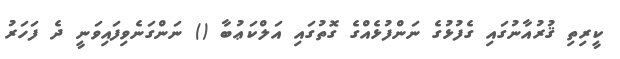
ކީރިތި ޤުރުއާނުގައި ގެފުޅުގެ ނަންފުޅެއްގެ ގޮތުގައި އަލްކަޢުބާ () ނަންގަނެވިފައިވަނީ ދެ ފަހަރު